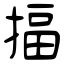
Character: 揊